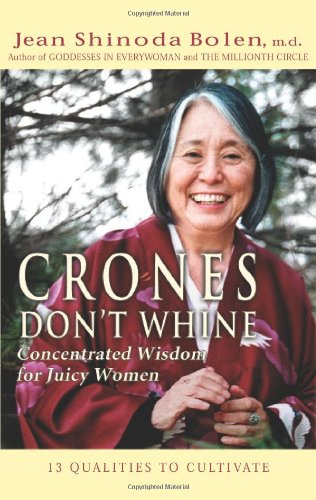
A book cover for Crones Don't Whine: Concentrated Wisdom for Juicy Women; Jean Shinoda Bolen; Self-Help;